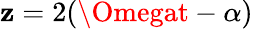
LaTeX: \mathbf{z}=2(\Omegat-\alpha)